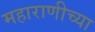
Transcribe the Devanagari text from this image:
महाराणीच्या